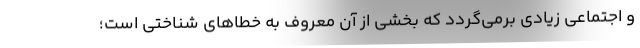
و اجتماعی زیادی برمی‌گردد که بخشی از آن معروف به خطاهای شناختی است؛